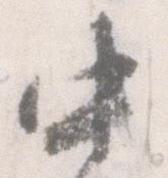
中